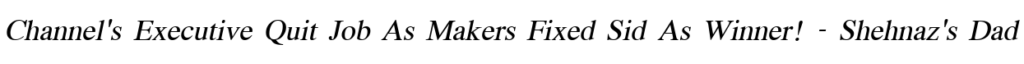
Channel's Executive Quit Job As Makers Fixed Sid As Winner! - Shehnaz's Dad